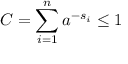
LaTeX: C = \sum _ { i = 1 } ^ { n } a ^ { - s _ { i } } \leq 1